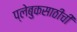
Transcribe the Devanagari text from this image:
प्लेबुकसाठीची